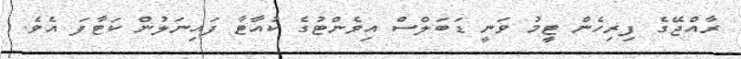
ރާއްޖޭގެ ފިރިހެން ޓީމު ވަނީ ޑަބަލްސް އިވެންޓުގެ ކުއާޓާ ފައިނަލުން ކަޓާފަ އެވެ.